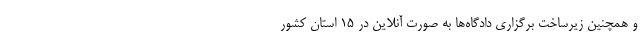
و همچنین زیرساخت برگزاری دادگاه‌ها به صورت آنلاین در 15 استان کشور